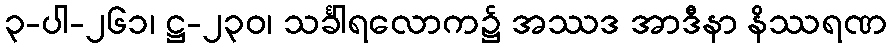
၃-ပါ-၂၆၁၊ ဋ္ဌ-၂၃၀၊ သင်္ခါရလောက၌ အဿဒ အာဒီနာ နိဿရဏ